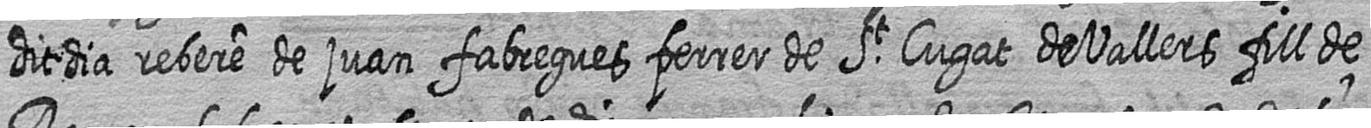
dit dia rebere de juan fabregues ferrer de St Cugat de Vallers fill de